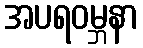
အပရဝမ္ဘနာ